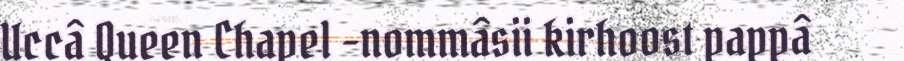
Uccâ Queen Chapel -nommâsii kirhoost pappâ